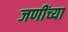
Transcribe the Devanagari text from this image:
जणींच्या